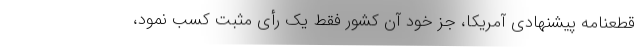
قطعنامه پیشنهادی آمریکا، جز خود آن کشور فقط یک رأی مثبت کسب نمود،